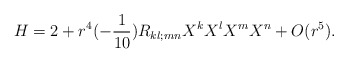
\begin{align*}H = 2 + r^4 (-\frac{1}{10})R_{kl;mn} X^kX^lX^m X^n + O(r^5). \end{align*}